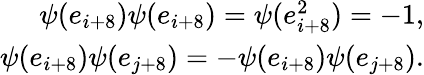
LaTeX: \begin{array}{r}{\psi(e_{i+8})\psi(e_{i+8})=\psi(e_{i+8}^{2})=-1,}\\ {\psi(e_{i+8})\psi(e_{j+8})=-\psi(e_{i+8})\psi(e_{j+8}).}\end{array}